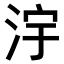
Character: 𣳿